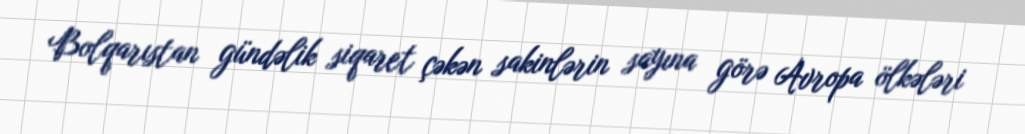
Bolqarıstan gündəlik siqaret çəkən sakinlərin sayına görə Avropa ölkələri